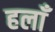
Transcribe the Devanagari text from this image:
हलाँ